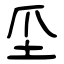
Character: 坕